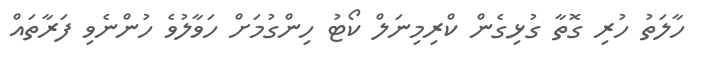
ހާލަތު ހުރި ގޮތާ ގުޅިގެން ކްރިމިނަލް ކޯޓު ހިންގުމަށް ހަވާލުވެ ހުންނެވި ފަރާތައް